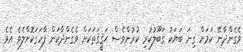
ވެގެންދާނޭ ކަމަށް ގިނަ ބަޔަކު ޤަބޫލުކުރި ކުރުންވެސް ޙަޤީޤަތަކަށް ވެގެންދާކަން ފާހަގަކޮށްލެވެ އެވެ.